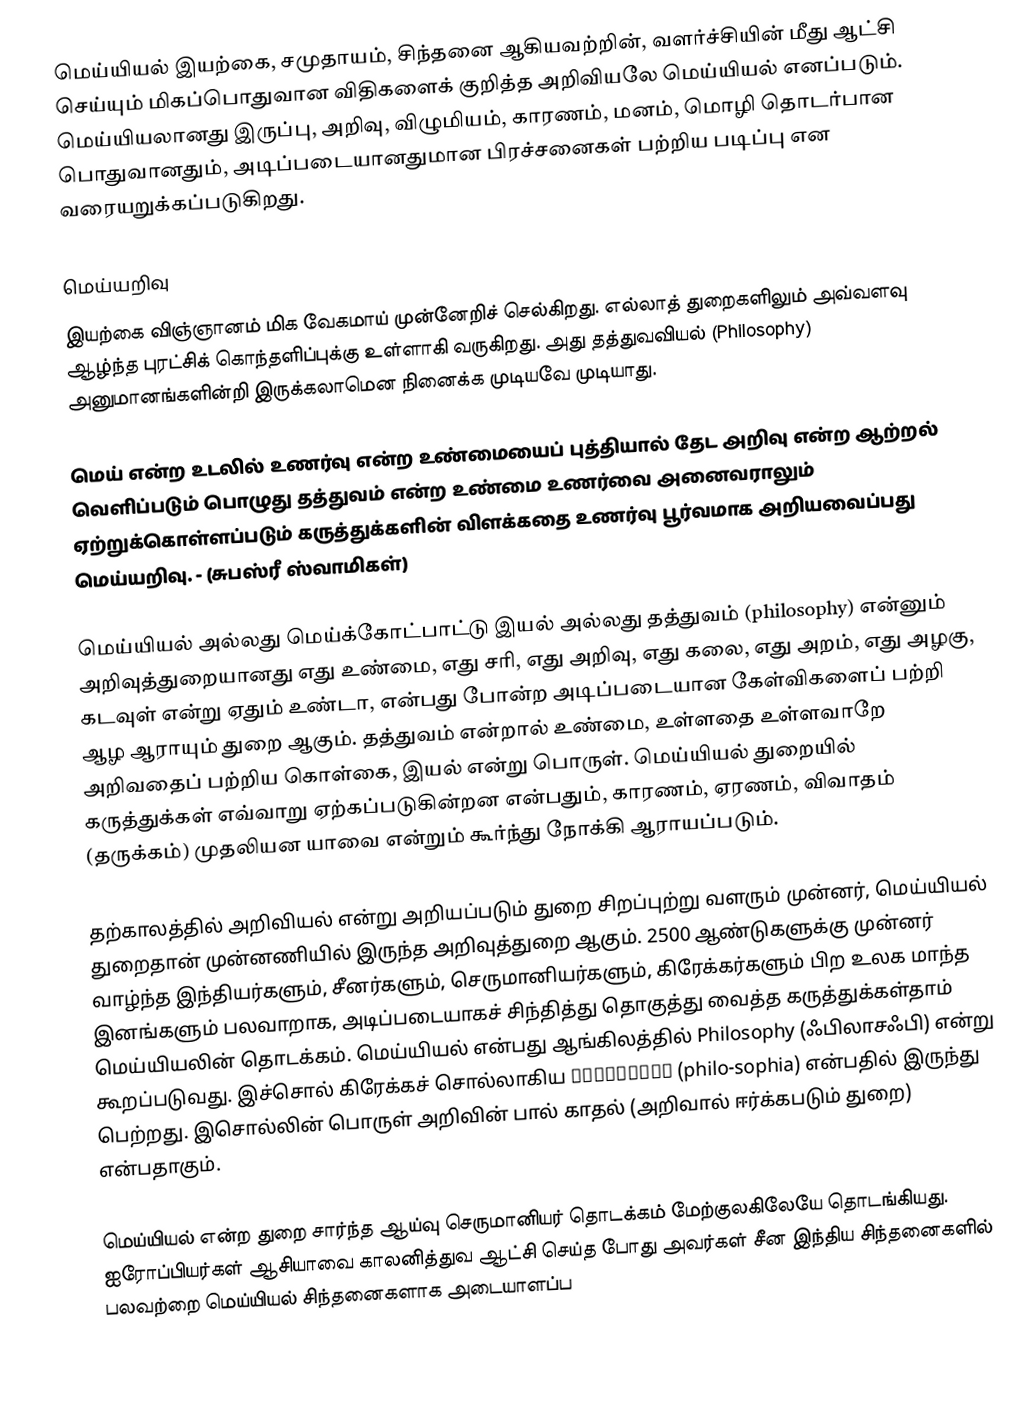
மெய்யியல் இயற்கை, சமுதாயம், சிந்தனை ஆகியவற்றின், வளர்ச்சியின் மீது ஆட்சி செய்யும் மிகப்பொதுவான விதிகளைக் குறித்த அறிவியலே மெய்யியல் எனப்படும். மெய்யியலானது இருப்பு, அறிவு, விழுமியம், காரணம், மனம், மொழி தொடர்பான பொதுவானதும், அடிப்படையானதுமான பிரச்சனைகள் பற்றிய படிப்பு என வரையறுக்கப்படுகிறது.

மெய்யறிவு
இயற்கை விஞ்ஞானம் மிக வேகமாய் முன்னேறிச் செல்கிறது. எல்லாத் துறைகளிலும் அவ்வளவு ஆழ்ந்த புரட்சிக் கொந்தளிப்புக்கு உள்ளாகி வருகிறது. அது தத்துவவியல் (Philosophy) அனுமானங்களின்றி இருக்கலாமென நினைக்க முடியவே முடியாது.

மெய் என்ற உடலில் உணர்வு என்ற உண்மையைப் புத்தியால் தேட அறிவு என்ற ஆற்றல் வெளிப்படும் பொழுது தத்துவம் என்ற உண்மை உணர்வை அனைவராலும் ஏற்றுக்கொள்ளப்படும் கருத்துக்களின் விளக்கதை உணர்வு பூர்வமாக அறியவைப்பது மெய்யறிவு. - (சுபஸ்ரீ ஸ்வாமிகள்)

மெய்யியல் அல்லது மெய்க்கோட்பாட்டு இயல் அல்லது தத்துவம் (philosophy) என்னும் அறிவுத்துறையானது எது உண்மை, எது சரி, எது அறிவு, எது கலை, எது அறம், எது அழகு, கடவுள் என்று ஏதும் உண்டா,  என்பது போன்ற அடிப்படையான கேள்விகளைப் பற்றி ஆழ ஆராயும் துறை ஆகும். தத்துவம் என்றால் உண்மை, உள்ளதை உள்ளவாறே அறிவதைப் பற்றிய கொள்கை, இயல் என்று பொருள். மெய்யியல் துறையில் கருத்துக்கள் எவ்வாறு ஏற்கப்படுகின்றன என்பதும், காரணம், ஏரணம், விவாதம் (தருக்கம்) முதலியன யாவை என்றும் கூர்ந்து நோக்கி ஆராயப்படும்.

தற்காலத்தில் அறிவியல் என்று அறியப்படும் துறை சிறப்புற்று வளரும் முன்னர், மெய்யியல் துறைதான் முன்னணியில் இருந்த அறிவுத்துறை ஆகும். 2500 ஆண்டுகளுக்கு முன்னர் வாழ்ந்த  இந்தியர்களும், சீனர்களும், செருமானியர்களும், கிரேக்கர்களும் பிற உலக மாந்த இனங்களும் பலவாறாக, அடிப்படையாகச் சிந்தித்து தொகுத்து வைத்த கருத்துக்கள்தாம் மெய்யியலின் தொடக்கம். மெய்யியல் என்பது ஆங்கிலத்தில் Philosophy (ஃபிலாசஃபி) என்று கூறப்படுவது. இச்சொல் கிரேக்கச் சொல்லாகிய Φιλοσοφία (philo-sophia) என்பதில் இருந்து பெற்றது. இசொல்லின் பொருள் அறிவின் பால் காதல் (அறிவால் ஈர்க்கபடும் துறை) என்பதாகும்.

மெய்யியல் என்ற துறை சார்ந்த ஆய்வு செருமானியர்  தொடக்கம் மேற்குலகிலேயே தொடங்கியது. ஐரோப்பியர்கள் ஆசியாவை காலனித்துவ ஆட்சி செய்த போது அவர்கள் சீன இந்திய சிந்தனைகளில் பலவற்றை மெய்யியல் சிந்தனைகளாக அடையாளப்ப